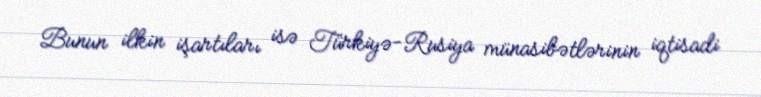
Bunun ilkin işartıları isə Türkiyə-Rusiya münasibətlərinin iqtisadi